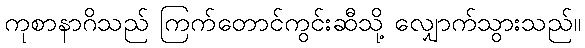
ကုစာနာဂိသည် ကြက်တောင်ကွင်းဆီသို့ လျှောက်သွားသည်။